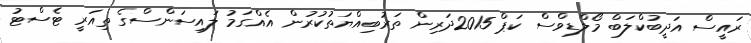
ރައީސް އަދީބުކްލަބް މޯލްޑިވްސް ކަޕް 2015ދަރިން ތަރުބިއްޔަތުކުރުން އެއްގަމު ލައިސަންސްގެ ތިއަރީ ޓެސްޓު